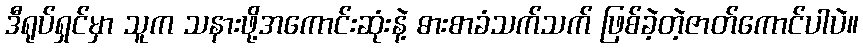
ဒီရုပ်ရှင်မှာ သူက သနားဖို့အကောင်းဆုံးနဲ့ ဓားစာခံသက်သက် ဖြစ်ခဲ့တဲ့ဇာတ်ကောင်ပါပဲ။